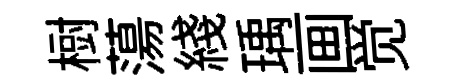
𣗳蕩綫瑀画觉